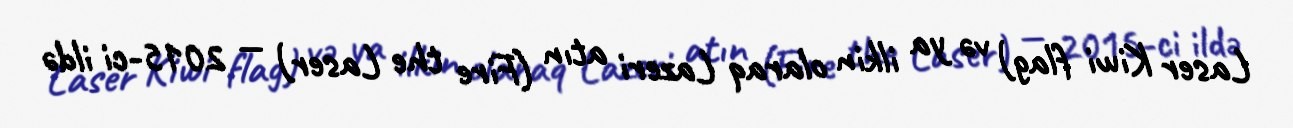
Laser Kiwi flag) və ya ilkin olaraq Lazeri atın (Fire the Laser) — 2015-ci ildə